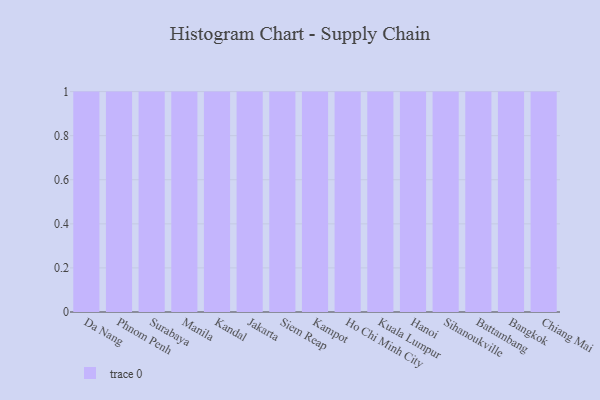
{"axis": {"x": "City", "y": "Revenue (USD Million)"}, "legend": [""], "data": [{"x": "Da Nang", "y": 43, "type": ""}, {"x": "Phnom Penh", "y": 76, "type": ""}, {"x": "Surabaya", "y": 98, "type": ""}, {"x": "Manila", "y": 55, "type": ""}, {"x": "Kandal", "y": 69, "type": ""}, {"x": "Jakarta", "y": 12, "type": ""}, {"x": "Siem Reap", "y": 97, "type": ""}, {"x": "Kampot", "y": 44, "type": ""}, {"x": "Ho Chi Minh City", "y": 91, "type": ""}, {"x": "Kuala Lumpur", "y": 10, "type": ""}, {"x": "Hanoi", "y": 63, "type": ""}, {"x": "Sihanoukville", "y": 12, "type": ""}, {"x": "Battambang", "y": 10, "type": ""}, {"x": "Bangkok", "y": 10, "type": ""}, {"x": "Chiang Mai", "y": 11, "type": ""}]}